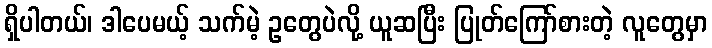
ရှိပါတယ်၊ ဒါပေမယ့် သက်မဲ့ ဥတွေပဲလို့ ယူဆပြီး ပြုတ်ကြော်စားတဲ့ လူတွေမှာ